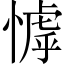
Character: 㦆